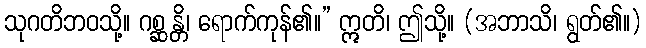
သုဂတိဘဝသို့။ ဂစ္ဆန္တိ၊ ရောက်ကုန်၏။” ဣတိ၊ ဤသို့။ (အဘာသိ၊ ရွတ်၏။)